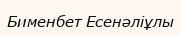
Бименбет Есенәліұлы